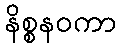
နိစ္စနဝကာ